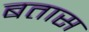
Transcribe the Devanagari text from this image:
बतास